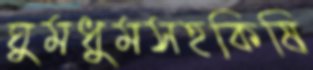
ঘুমধুমসহকিষি